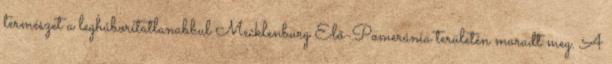
természet a legháborítatlanabbul Mecklenburg Elő-Pomeránia területén maradt meg. A